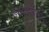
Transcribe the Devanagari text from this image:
डैक्टाइलोरहिज्म